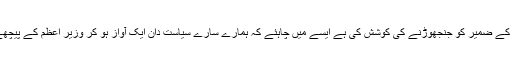
وزیر اعظم نے دنیا کے ضمیر کو جنجھوڑنے کی کوشش کی ہے ایسے میں چاہئے کہ ہمارے سارے سیاست دان ایک آواز ہو کر وزیر اعظم کے پیچھے کھڑے ہو جائیں ۔